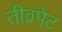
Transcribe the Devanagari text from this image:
तीव्रपेट